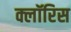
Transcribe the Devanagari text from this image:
क्लॉरिस